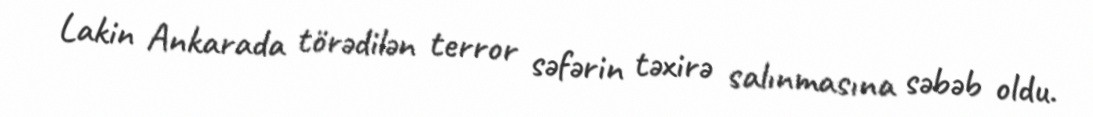
Lakin Ankarada törədilən terror səfərin təxirə salınmasına səbəb oldu.